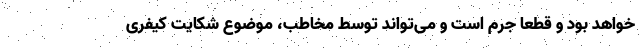
خواهد بود و قطعاً جرم است و می‌تواند توسط مخاطب، موضوع شکایت کیفری